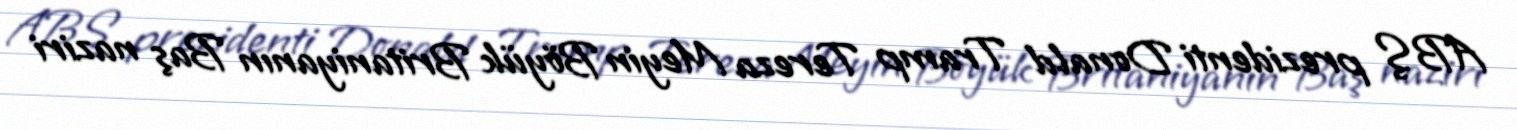
ABŞ prezidenti Donald Tramp Tereza Meyin Böyük Britaniyanın Baş naziri